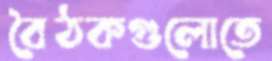
বৈঠকগুলোতে